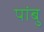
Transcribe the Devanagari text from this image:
पांबु